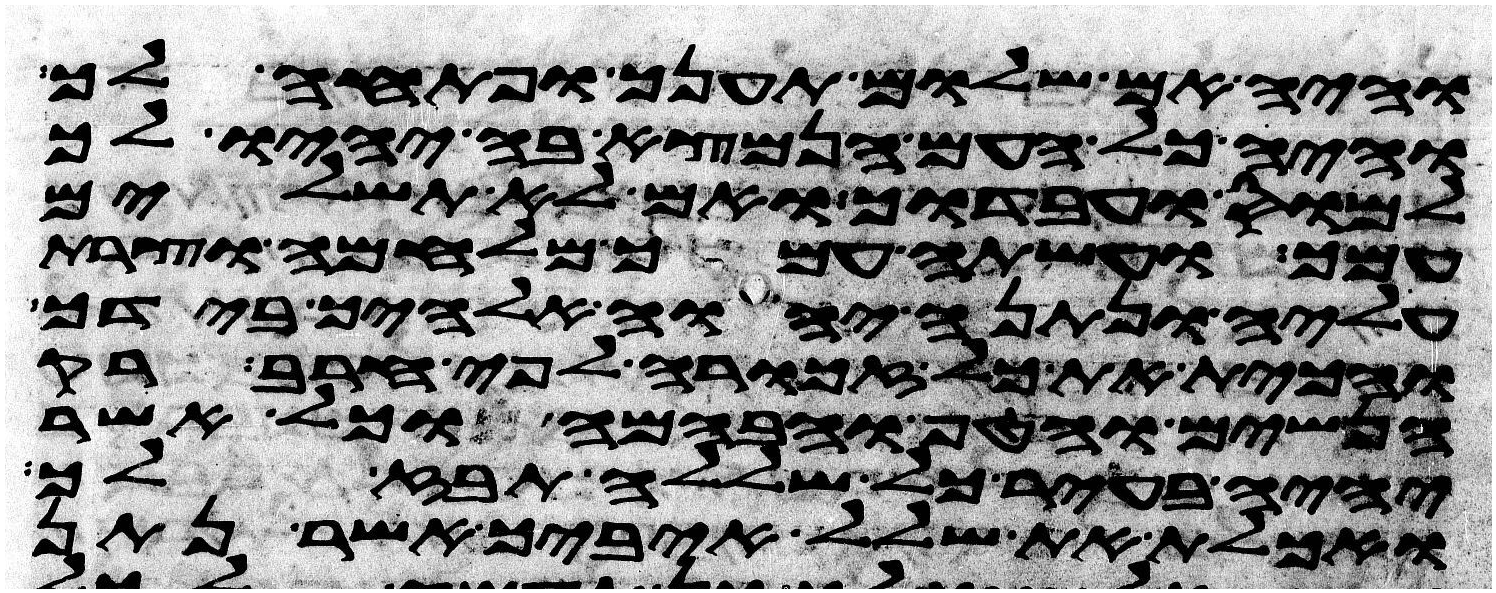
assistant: והיה אם שלום תענך ופתחה לך
והיה כל העם הנמצא בה יהיו לך
למס ועבדוך ואם לא תשלים
עמך ועשתה עמך מלחמה וצרת
עליה ונתנה יהוה אלהיך בידך
והכית את כל זכורה לפי חרב רק
הנשים והטף והבהמה וכל אשר
יהיה בעיר כל שללה תבז לך
ואכלת את שלל איביך אשר נתן